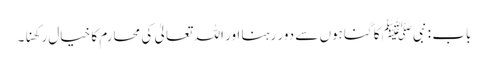
باب : نبیﷺ کا گناہوں سے دور رہنا اور اللہ تعالیٰ کی محارم کا خیال رکھنا۔